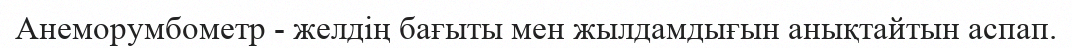
Анеморумбометр - желдің бағыты мен жылдамдығын анықтайтын аспап.